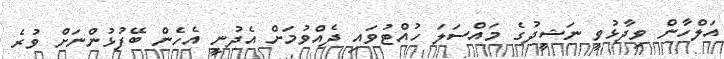
އަލްހާން ވިދާޅުވީ ނަޝީދުގެ މައްސަލަ ހުއްޓުވައި ދެއްވުމަށް އެދުނީ އެހެން ބޭފުޅުންނަށް ވުރެ